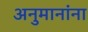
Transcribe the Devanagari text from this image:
अनुमानांना